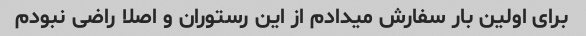
برای اولین بار سفارش میدادم از این رستوران و اصلا راضی نبودم